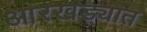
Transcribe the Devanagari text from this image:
आरखड्यात